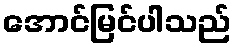
အောင်မြင်ပါသည်